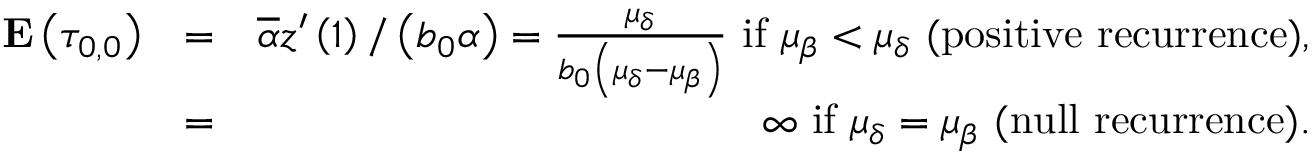
\begin{array} { r l r } { { \bf E } \left( \tau _ { 0 , 0 } \right) } & { = } & { \overline { { \alpha } } z ^ { \prime } \left( 1 \right) / \left( b _ { 0 } \alpha \right) = \frac { \mu _ { \delta } } { b _ { 0 } \left( \mu _ { \delta } - \mu _ { \beta } \right) } \mathrm { ~ i f ~ } \mu _ { \beta } < \mu _ { \delta } \mathrm { ~ ( p o s i t i v e ~ r e c u r r e n c e ) , } } \\ & { = } & { \infty \mathrm { ~ i f ~ } \mu _ { \delta } = \mu _ { \beta } \mathrm { ~ ( n u l l ~ r e c u r r e n c e ) . } } \end{array}